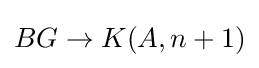
BG\to K(A,n+1)